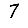
Digit: 7